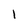
Character: l